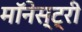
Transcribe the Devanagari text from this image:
मॉनेस्‍ट्री